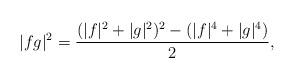
LaTeX: \begin{align*}|f g|^2 = \frac{(|f|^2+|g|^2)^2-(|f|^4+|g|^4)}{2},\end{align*}